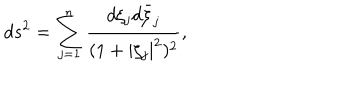
d s ^ { 2 } = \sum _ { j = 1 } ^ { n } \frac { d \zeta _ { j } d \bar { \zeta } _ { j } } { ( 1 + | \zeta _ { j } | ^ { 2 } ) ^ { 2 } } ,